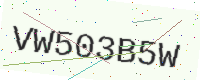
Text: VW503B5W